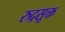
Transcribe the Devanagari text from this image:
रुद्रसूक्त